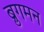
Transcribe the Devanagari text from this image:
ब्रुगमन